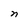
Character: n